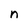
Character: n